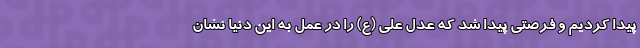
پیدا کردیم و فرصتی پیدا شد که عدل علی (ع) را در عمل به این دنیا نشان